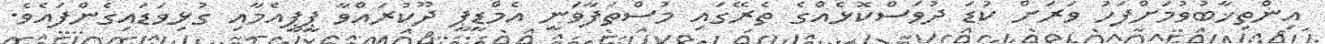
އިންތިޚާބުވުމަށްފަހު ވަރަށް ކުޑަ ދުވަސްކޮޅެއްގެ ތެރޭގައި މުސްތަފާވަނީ އެމްޑީޕީ ދޫކުރައްވާ ޕީޕީއެމާއި ގުޅިވަޑައިގެންފައެވެ.